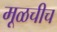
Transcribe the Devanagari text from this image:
मूळचीच